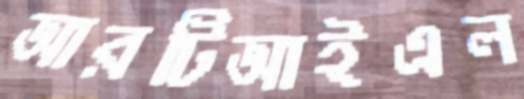
আরটিআইএল